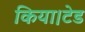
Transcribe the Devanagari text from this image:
किया।टेड